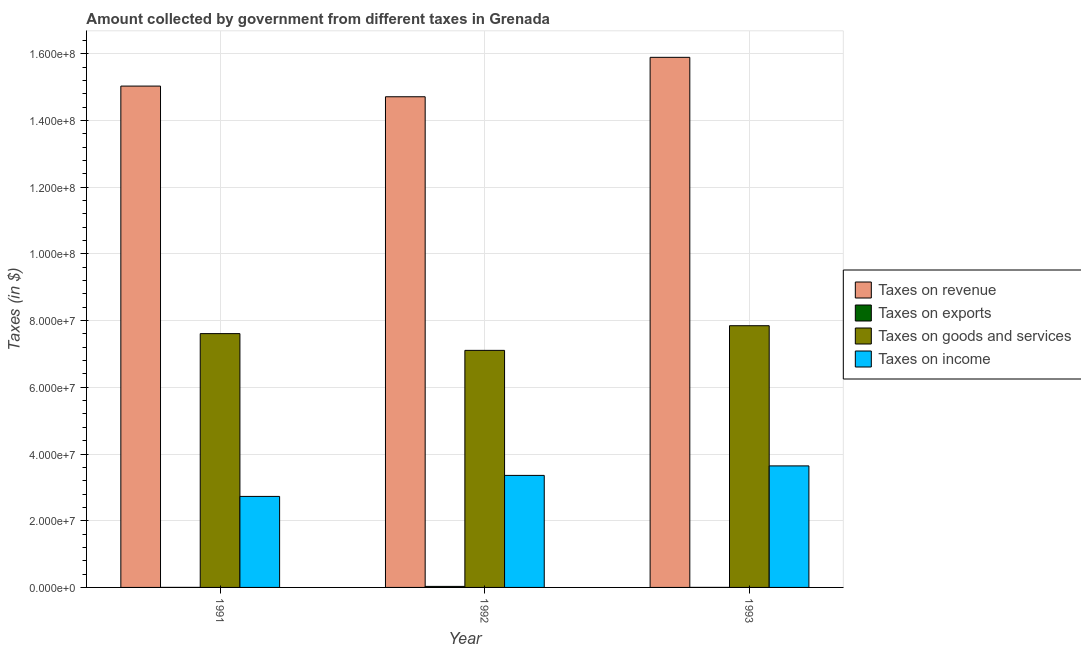
| Year | Taxes on revenue | Taxes on exports | Taxes on goods and services | Taxes on income |
 | --- | --- | --- | --- | --- |
 | 1991 | 1.5e+08 | 1e+04 | 7.61e+07 | 2.73e+07 |
 | 1992 | 1.47e+08 | 3.1e+05 | 7.11e+07 | 3.36e+07 |
 | 1993 | 1.59e+08 | 1e+04 | 7.85e+07 | 3.64e+07 |